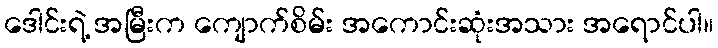
ဒေါင်းရဲ့ အမြီးက ကျောက်စိမ်း အကောင်းဆုံးအသား အရောင်ပါ။